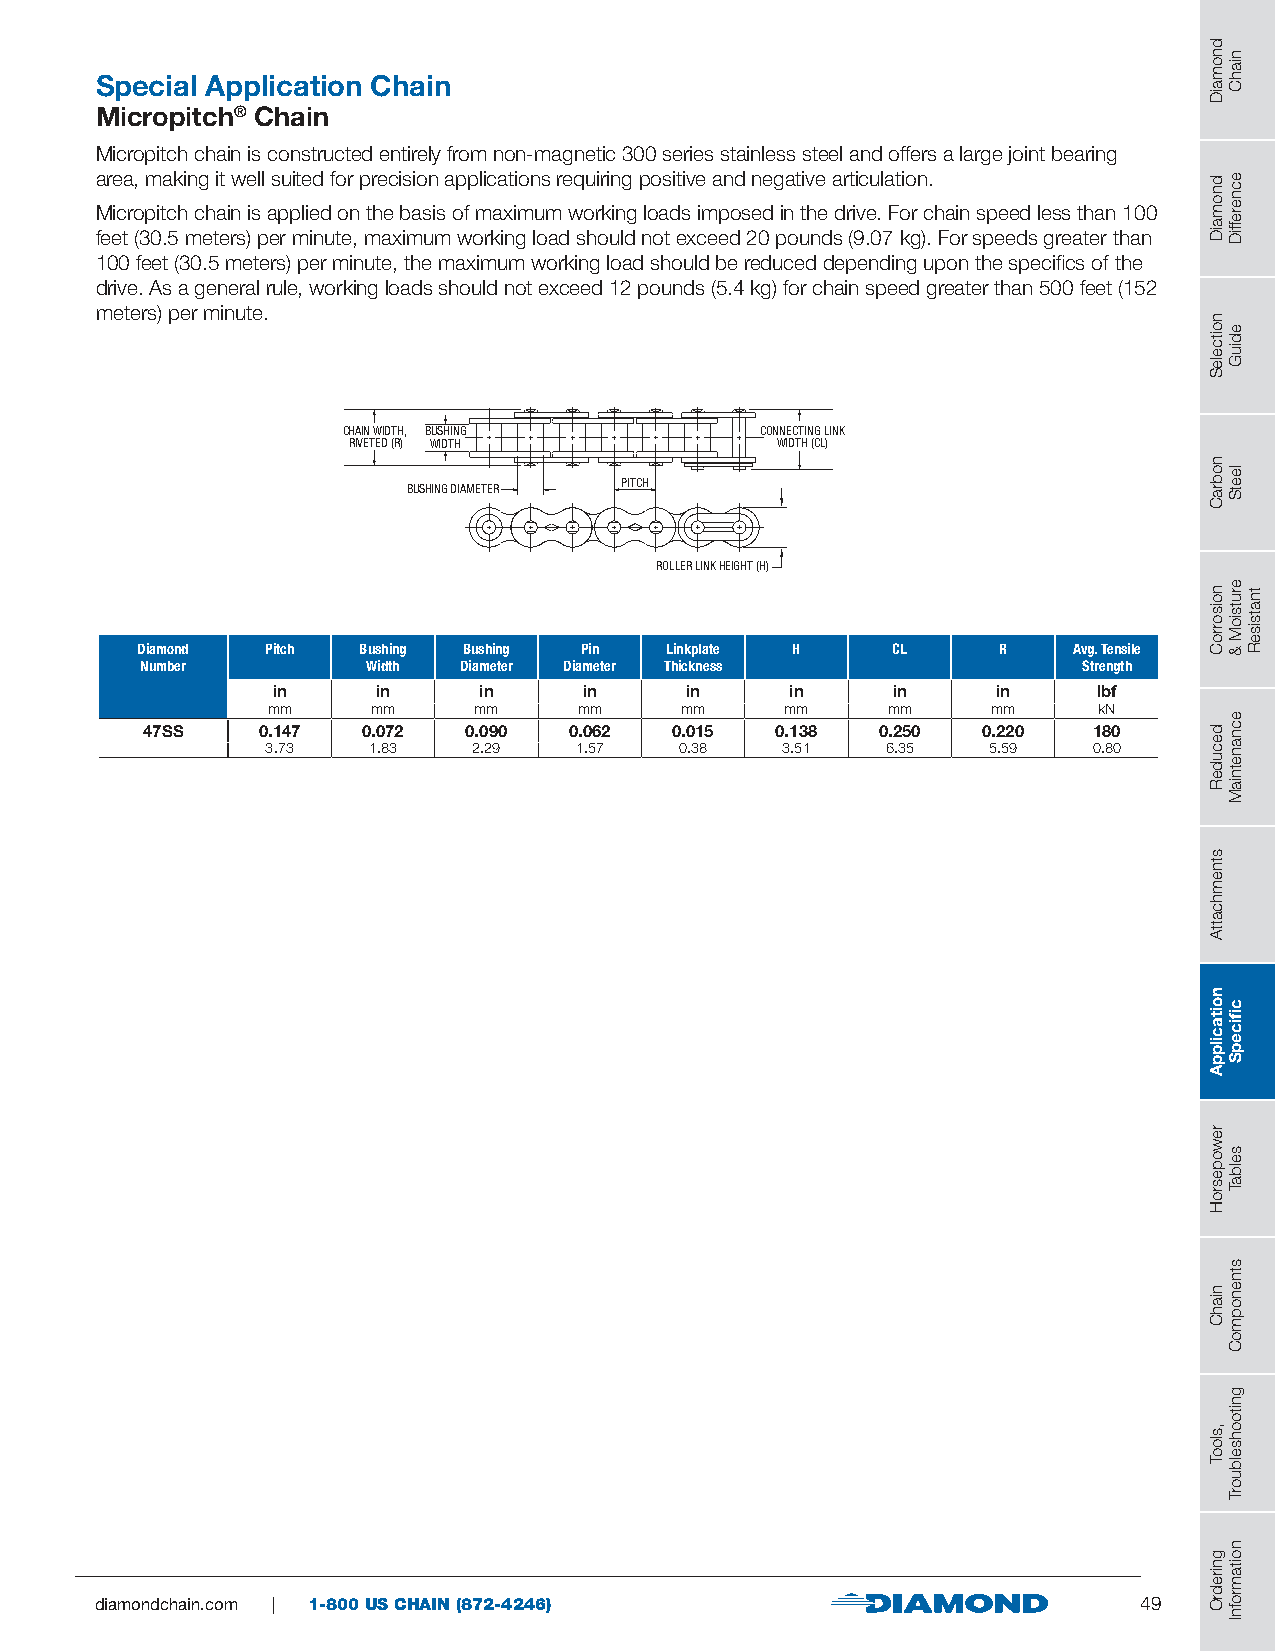
Special Application Chain
 Micropitch® Chain
 Micropitch chain is constructed entirely from non-magnetic 300 series stainless steel and offers a large joint bearing
 area, making it well suited for precision applications requiring positive and negative articulation.
 Micropitch chain is applied on the basis of maximum working loads imposed in the drive. For chain speed less than 100
 feet (30.5 meters) per minute, maximum working load should not exceed 20 pounds (9.07 kg). For speeds greater than
 100 feet (30.5 meters) per minute, the maximum working load should be reduced depending upon the specifics of the
 drive. As a general rule, working loads should not exceed 12 pounds (5.4 kg) for chain speed greater than 500 feet (152
 meters) per minute.
 CHAIN WIDTH, BUSHING       CONNECTING LINK
 RIVETED (R) WIDTH           WIDTH (CL)
 BUSHING DIAMETER PITCH
 ROLLER LINK HEIGHT (H)
 Diamond  Pitch Bushing Bushing Pin Linkplate H    CL     R    Avg. Tensile
 Number         Width Diameter Diameter Thickness               Strength
 in     in     in     in    in     in     in     in     lbf
 mm     mm    mm     mm     mm     mm     mm     mm     kN
 47SS    0.147  0.072  0.090  0.062  0.015 0.138  0.250  0.220  180
 3.73  1.83   2.29   1.57   0.38   3.51   6.35  5.59   0.80
 diamondchain.com | 1-800 US CHAIN (872-4246)                         49
 dnomaiD
 dnomaiD
 noitceleS
 nobraC
 noisorroC
 decudeR
 stnemhcattA
 noitacilppA
 rewopesroH
 niahC
 ,slooT
 gniredrO
 niahC
 ecnereffiD
 ediuG
 leetS
 erutsioM
 &
 ecnanetniaM
 cfiicepS
 selbaT
 stnenopmoC
 gnitoohselbuorT
 noitamrofnI
 tnatsiseR